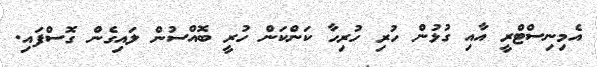
އެމިނިސްޓްރީ އާއި ގުޅުން ހުރި ހުރިހާ ކަންކަން ހުރީ ބޮއްސުން ލައިގެން ގޮސްފައި.